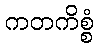
ကတကိစ္စံ